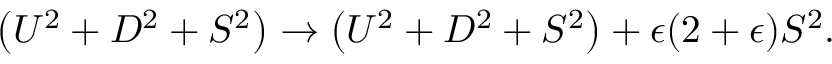
\left( U ^ { 2 } + D ^ { 2 } + S ^ { 2 } \right) \to \left( U ^ { 2 } + D ^ { 2 } + S ^ { 2 } \right) + \epsilon ( 2 + \epsilon ) S ^ { 2 } .